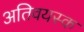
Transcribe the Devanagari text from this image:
अतिवयस्क